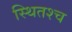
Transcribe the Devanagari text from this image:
स्थितश्च